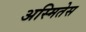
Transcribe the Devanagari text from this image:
अस्मितेस